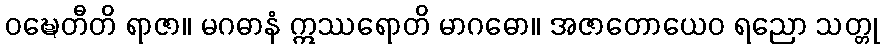
ဝဍ္ဎေတီတိ ရာဇာ။ မဂဓာနံ ဣဿရောတိ မာဂဓော။ အဇာတောယေဝ ရညော သတ္တု